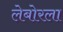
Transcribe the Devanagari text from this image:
लेबोरला